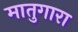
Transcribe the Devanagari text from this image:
मातुगारा